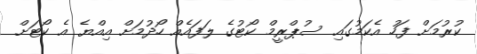
ކުރުމަށް ފަހު އެކަމުގައި ސުޕްރީމް ކޯޓުގެ ލަފައެއް ހޯދުމަށް އިއްޔެ އެ ކޯޓަށް